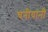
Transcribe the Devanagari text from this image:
चनीयानी